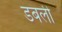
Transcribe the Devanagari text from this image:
डबली